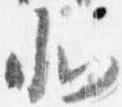
北